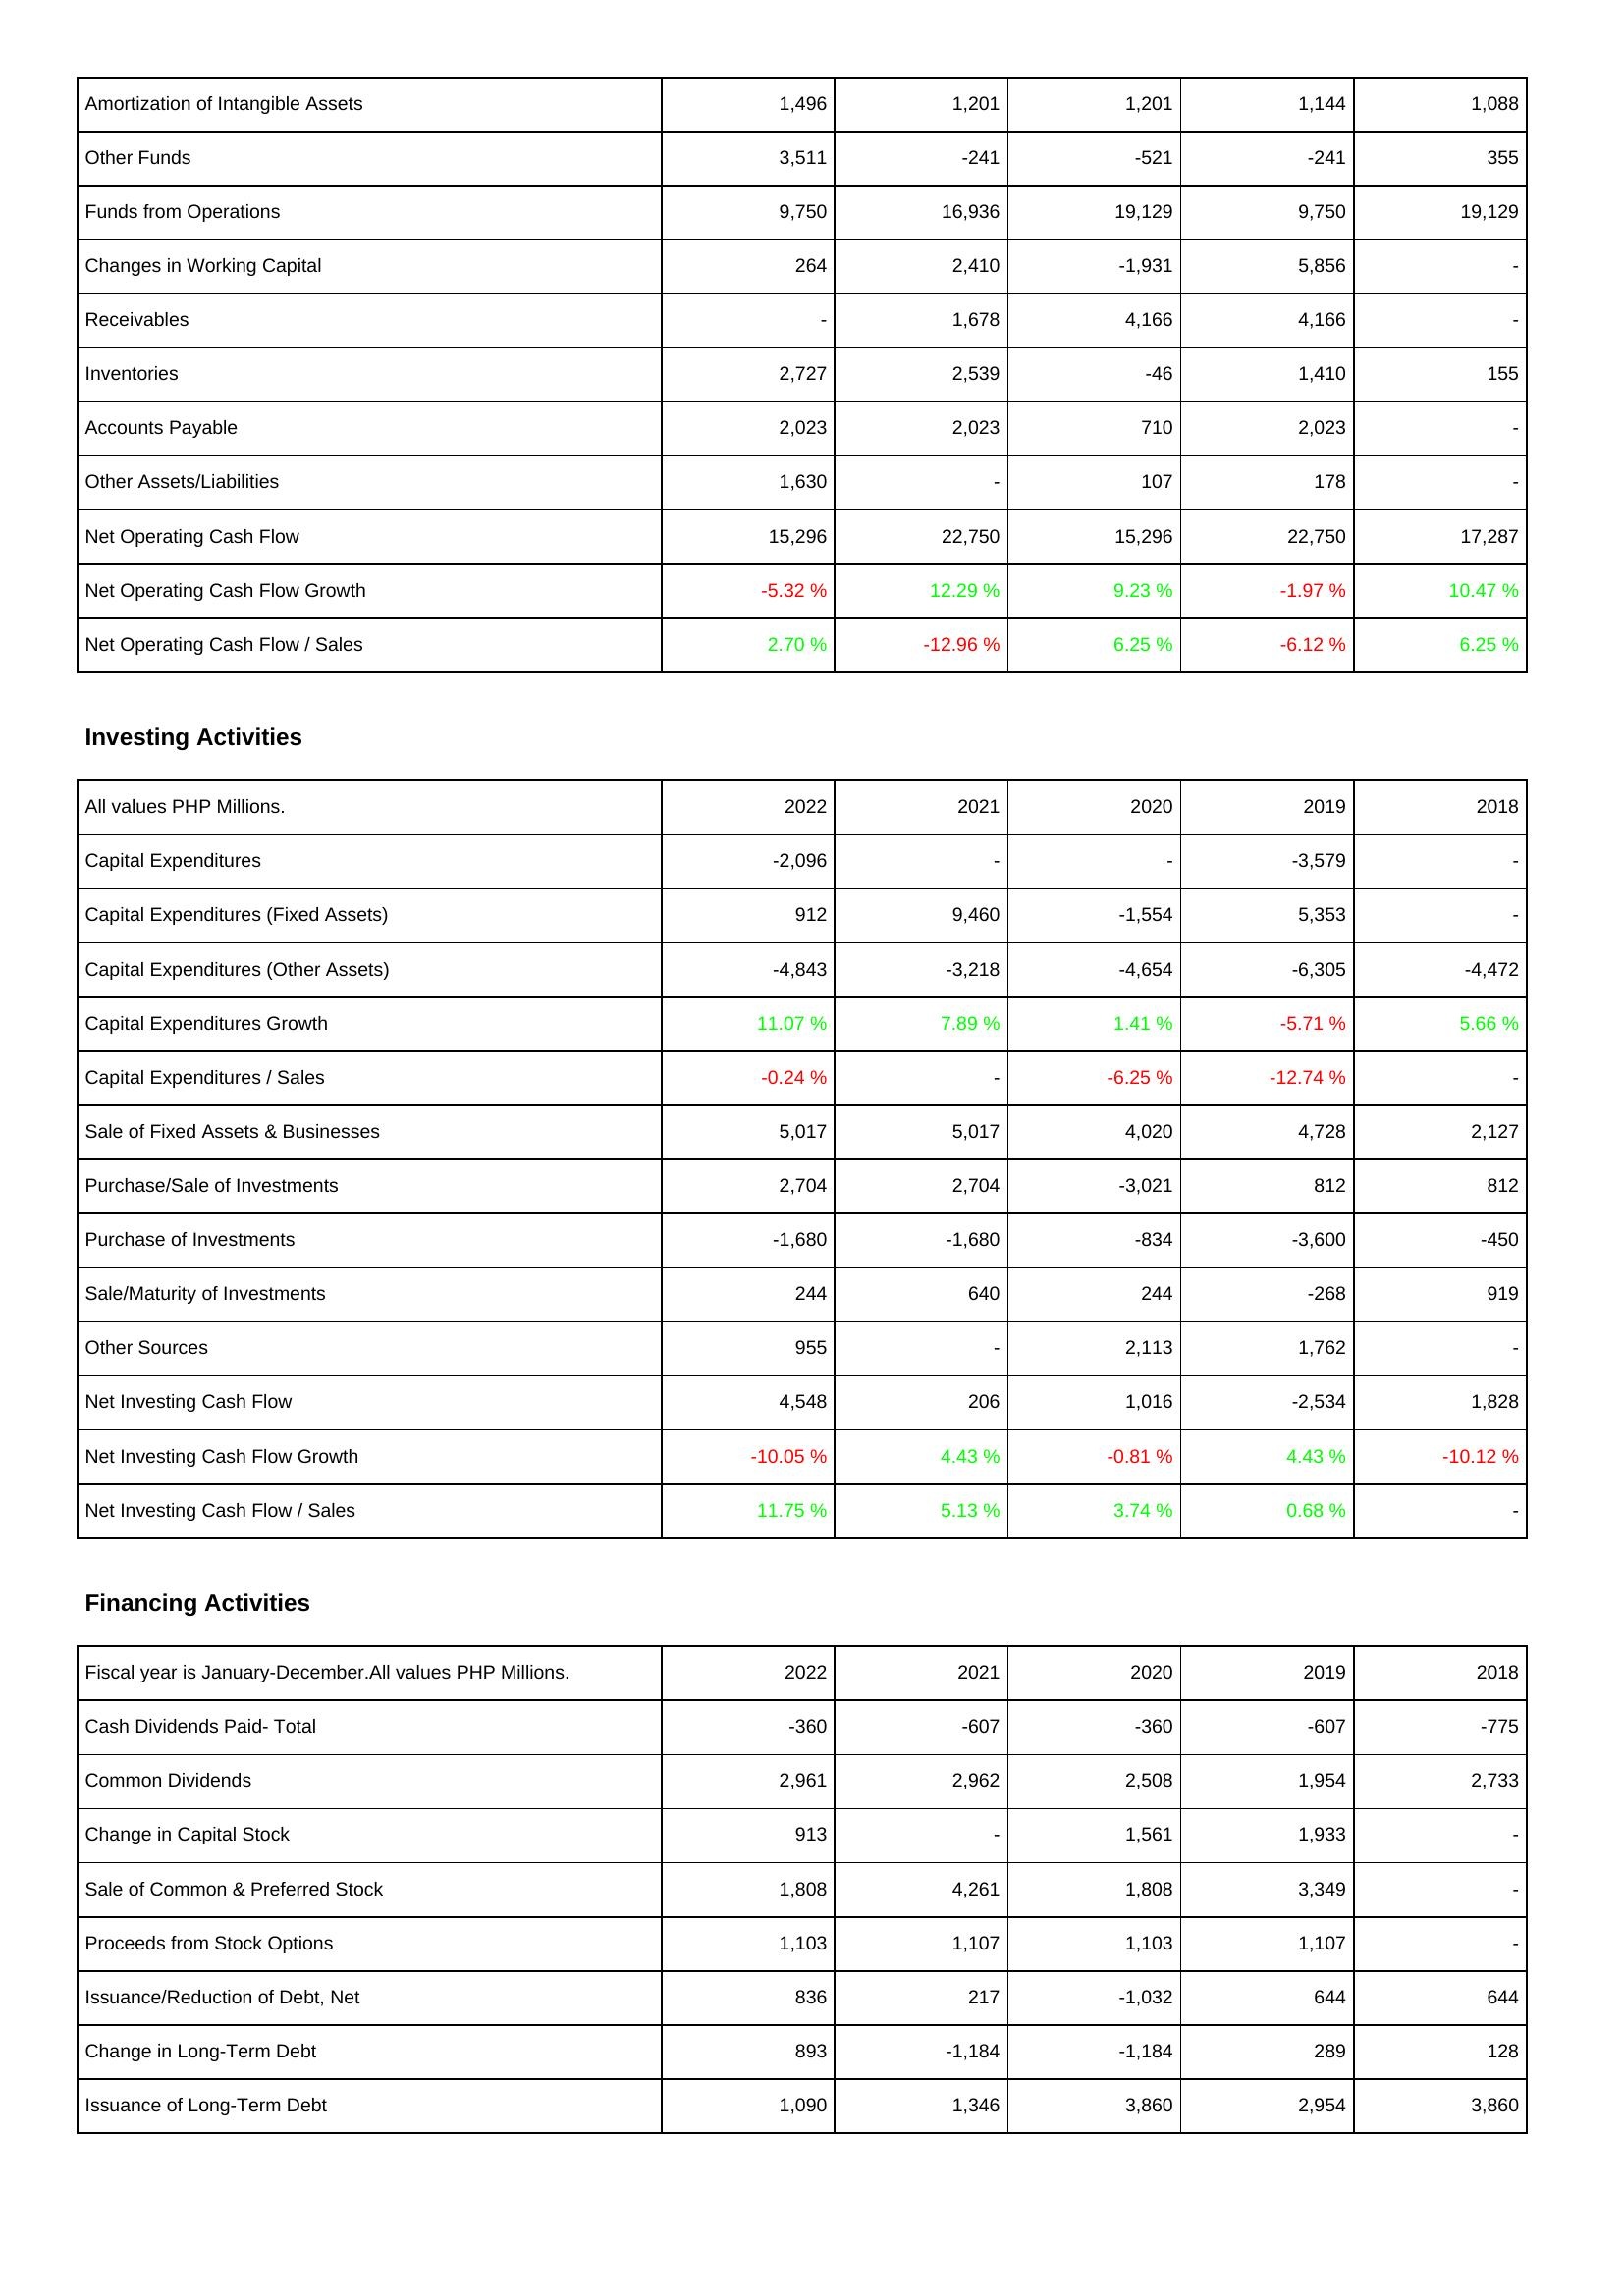
2022: Operating Activities: Amortization of Intangible Assets: 1,496
Other Funds: 3,511
Funds from Operations: 9,750
Changes in Working Capital: 264
Receivables: -
Inventories: 2,727
Accounts Payable: 2,023
Other Assets/Liabilities: 1,630
Net Operating Cash Flow: 15,296
Net Operating Cash Flow Growth: -5.32 %
Net Operating Cash Flow / Sales: 2.70 %
Investing Activities: Capital Expenditures: -2,096
Capital Expenditures (Fixed Assets): 912
Capital Expenditures (Other Assets): -4,843
Capital Expenditures Growth: 11.07 %
Capital Expenditures / Sales: -0.24 %
Sale of Fixed Assets & Businesses: 5,017
Purchase/Sale of Investments: 2,704
Purchase of Investments: -1,680
Sale/Maturity of Investments: 244
Other Sources: 955
Net Investing Cash Flow: 4,548
Net Investing Cash Flow Growth: -10.05 %
Net Investing Cash Flow / Sales: 11.75 %
Financing Activities: Cash Dividends Paid- Total: -360
Common Dividends: 2,961
Change in Capital Stock: 913
Sale of Common & Preferred Stock: 1,808
Proceeds from Stock Options: 1,103
Issuance/Reduction of Debt, Net: 836
Change in Long-Term Debt: 893
Issuance of Long-Term Debt: 1,090
2021: Operating Activities: Amortization of Intangible Assets: 1,201
Other Funds: -241
Funds from Operations: 16,936
Changes in Working Capital: 2,410
Receivables: 1,678
Inventories: 2,539
Accounts Payable: 2,023
Other Assets/Liabilities: -
Net Operating Cash Flow: 22,750
Net Operating Cash Flow Growth: 12.29 %
Net Operating Cash Flow / Sales: -12.96 %
Investing Activities: Capital Expenditures: -
Capital Expenditures (Fixed Assets): 9,460
Capital Expenditures (Other Assets): -3,218
Capital Expenditures Growth: 7.89 %
Capital Expenditures / Sales: -
Sale of Fixed Assets & Businesses: 5,017
Purchase/Sale of Investments: 2,704
Purchase of Investments: -1,680
Sale/Maturity of Investments: 640
Other Sources: -
Net Investing Cash Flow: 206
Net Investing Cash Flow Growth: 4.43 %
Net Investing Cash Flow / Sales: 5.13 %
Financing Activities: Cash Dividends Paid- Total: -607
Common Dividends: 2,962
Change in Capital Stock: -
Sale of Common & Preferred Stock: 4,261
Proceeds from Stock Options: 1,107
Issuance/Reduction of Debt, Net: 217
Change in Long-Term Debt: -1,184
Issuance of Long-Term Debt: 1,346
2020: Operating Activities: Amortization of Intangible Assets: 1,201
Other Funds: -521
Funds from Operations: 19,129
Changes in Working Capital: -1,931
Receivables: 4,166
Inventories: -46
Accounts Payable: 710
Other Assets/Liabilities: 107
Net Operating Cash Flow: 15,296
Net Operating Cash Flow Growth: 9.23 %
Net Operating Cash Flow / Sales: 6.25 %
Investing Activities: Capital Expenditures: -
Capital Expenditures (Fixed Assets): -1,554
Capital Expenditures (Other Assets): -4,654
Capital Expenditures Growth: 1.41 %
Capital Expenditures / Sales: -6.25 %
Sale of Fixed Assets & Businesses: 4,020
Purchase/Sale of Investments: -3,021
Purchase of Investments: -834
Sale/Maturity of Investments: 244
Other Sources: 2,113
Net Investing Cash Flow: 1,016
Net Investing Cash Flow Growth: -0.81 %
Net Investing Cash Flow / Sales: 3.74 %
Financing Activities: Cash Dividends Paid- Total: -360
Common Dividends: 2,508
Change in Capital Stock: 1,561
Sale of Common & Preferred Stock: 1,808
Proceeds from Stock Options: 1,103
Issuance/Reduction of Debt, Net: -1,032
Change in Long-Term Debt: -1,184
Issuance of Long-Term Debt: 3,860
2019: Operating Activities: Amortization of Intangible Assets: 1,144
Other Funds: -241
Funds from Operations: 9,750
Changes in Working Capital: 5,856
Receivables: 4,166
Inventories: 1,410
Accounts Payable: 2,023
Other Assets/Liabilities: 178
Net Operating Cash Flow: 22,750
Net Operating Cash Flow Growth: -1.97 %
Net Operating Cash Flow / Sales: -6.12 %
Investing Activities: Capital Expenditures: -3,579
Capital Expenditures (Fixed Assets): 5,353
Capital Expenditures (Other Assets): -6,305
Capital Expenditures Growth: -5.71 %
Capital Expenditures / Sales: -12.74 %
Sale of Fixed Assets & Businesses: 4,728
Purchase/Sale of Investments: 812
Purchase of Investments: -3,600
Sale/Maturity of Investments: -268
Other Sources: 1,762
Net Investing Cash Flow: -2,534
Net Investing Cash Flow Growth: 4.43 %
Net Investing Cash Flow / Sales: 0.68 %
Financing Activities: Cash Dividends Paid- Total: -607
Common Dividends: 1,954
Change in Capital Stock: 1,933
Sale of Common & Preferred Stock: 3,349
Proceeds from Stock Options: 1,107
Issuance/Reduction of Debt, Net: 644
Change in Long-Term Debt: 289
Issuance of Long-Term Debt: 2,954
2018: Operating Activities: Amortization of Intangible Assets: 1,088
Other Funds: 355
Funds from Operations: 19,129
Changes in Working Capital: -
Receivables: -
Inventories: 155
Accounts Payable: -
Other Assets/Liabilities: -
Net Operating Cash Flow: 17,287
Net Operating Cash Flow Growth: 10.47 %
Net Operating Cash Flow / Sales: 6.25 %
Investing Activities: Capital Expenditures: -
Capital Expenditures (Fixed Assets): -
Capital Expenditures (Other Assets): -4,472
Capital Expenditures Growth: 5.66 %
Capital Expenditures / Sales: -
Sale of Fixed Assets & Businesses: 2,127
Purchase/Sale of Investments: 812
Purchase of Investments: -450
Sale/Maturity of Investments: 919
Other Sources: -
Net Investing Cash Flow: 1,828
Net Investing Cash Flow Growth: -10.12 %
Net Investing Cash Flow / Sales: -
Financing Activities: Cash Dividends Paid- Total: -775
Common Dividends: 2,733
Change in Capital Stock: -
Sale of Common & Preferred Stock: -
Proceeds from Stock Options: -
Issuance/Reduction of Debt, Net: 644
Change in Long-Term Debt: 128
Issuance of Long-Term Debt: 3,860